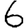
Digit: 6